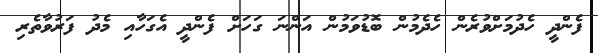
ފެންދީ ހެދުމަށްވުރެން ހެދެމުން ބޮޑުވަމުން އަންނަ ގަހަށް ފެންދީ އެގަހާއި މެދު ފަރުވާތެރި